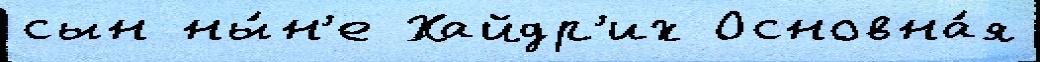
сын ны́н'е Хайдр'их Основна́я